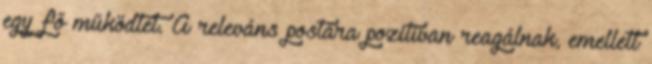
egy fő működtet. A releváns postára pozitívan reagálnak, emellett